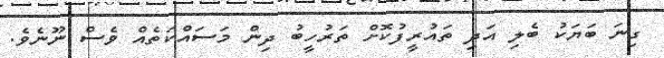
ގިނަ ބަޔަކު ބެލި އަދި ތައުރީފުކޮށް ތަރުހީބު ދިން މަސައްކަތެއް ވެސް ނޫނެވެ.